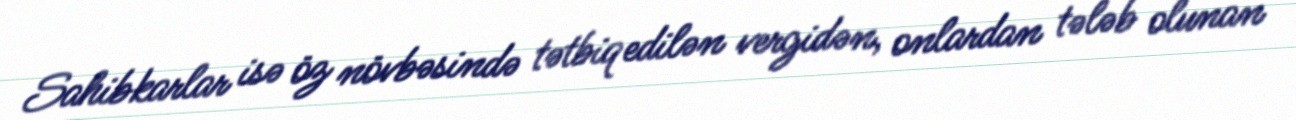
Sahibkarlar isə öz növbəsində tətbiq edilən vergidən, onlardan tələb olunan